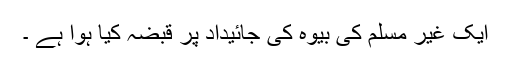
ایک غیر مسلم کی بیوہ کی جائیداد پر قبضہ کیا ہوا ہے ۔